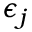
\epsilon _ { j }